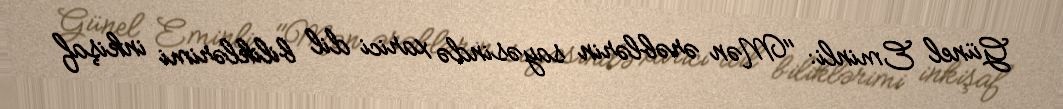
Günel Eminli: "Mən ərəblərin sayəsində xarici dil biliklərimi inkişaf